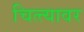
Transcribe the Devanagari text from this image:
चित्त्यावर